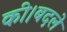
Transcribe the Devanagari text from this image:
की।बदले